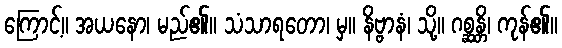
ကြောင့်။ အယနော၊ မည်၏။ သံသာရတော၊ မှ။ နိဗ္ဗာနံ၊ သို့။ ဂစ္ဆန္တိ၊ ကုန်၏။